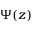
\Psi ( z )